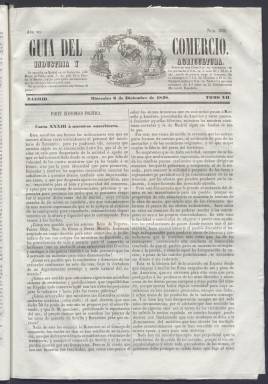
Título: Guía del comercio, industria y agricultura
Colección: Periódicos anteriores a 1850 || Economía
Ámbito geográfico: Madrid
Lugar de publicación: Madrid
Fechas: 06/12/1848-22/02/1851